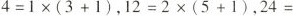
$$4=1\times(3+1)$$，$$12=2\times(5+1)$$，24=